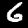
Digit: 6